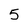
Character: 5